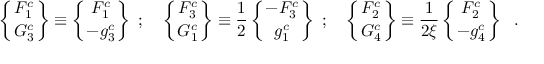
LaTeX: \left\{ { { \cal { F } } _ { 1 } ^ { c } \atop { \cal { G } } _ { 3 } ^ { c } } \right\} \equiv \left\{ { F _ { 1 } ^ { c } \atop { - g _ { 3 } ^ { c } } } \right\} \ ; \ \ \ \left\{ { { \cal { F } } _ { 3 } ^ { c } \atop { \cal { G } } _ { 1 } ^ { c } } \right\} \equiv \frac { 1 } { 2 } \left\{ { { - F _ { 3 } ^ { c } } \atop g _ { 1 } ^ { c } } \right\} \ ; \ \ \ \left\{ { { \cal { F } } _ { 2 } ^ { c } \atop { \cal { G } } _ { 4 } ^ { c } } \right\} \equiv \frac { 1 } { 2 \xi } \left\{ { F _ { 2 } ^ { c } \atop { - g _ { 4 } ^ { c } } } \right\} \ \ .